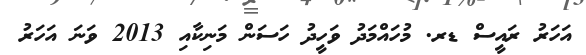
އަހަރު ރައީސް ޑރ. މުހައްމަދު ވަހީދު ހަސަން މަނިކާއި 2013 ވަނަ އަހަރު